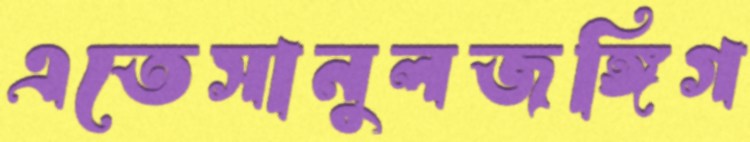
এতেসানুলজঙ্গিগ